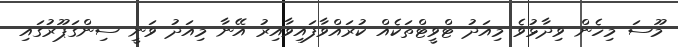
މޫސަ މިހެން ވިދާޅުވެ މިއަދު ޓްވީޓްތަކެއް ކުރައްވާފައިވާއިރު އޭނާ މިއަދު ވަނީ ސިންގަޕޫރުގައި